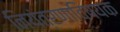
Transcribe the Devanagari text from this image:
नियंत्रणाविषयक